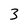
Character: 3